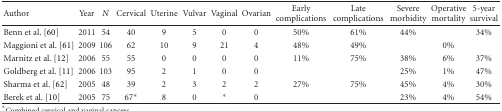
| Author | Year | N | Cervical | Uterine | Vulvar | Vaginal | Ovarian | Early complications | Late complications | Severe morbidity | Operative mortality | 5-year survival |
 | --- | --- | --- | --- | --- | --- | --- | --- | --- | --- | --- | --- | --- |
 | Benn et al. [60] | 2011 | 54 | 40 | 9 | 5 | 0 | 0 | 50% | 61% | 44% |  | 34% |
 | Maggioni et al. [61] | 2009 | 106 | 62 | 10 | 9 | 21 | 4 | 48% | 49% |  | 0% |  |
 | Marnitz et al. [12] | 2006 | 55 | 55 | 0 | 0 | 0 | 0 | 11% | 75% | 38% | 6% | 37% |
 | Goldberg et al. [11] | 2006 | 103 | 95 | 2 | 1 | 0 | 0 |  |  | 25% | 1% | 47% |
 | Sharma et al. [62] | 2005 | 48 | 39 | 2 | 3 | 2 | 2 | 27% | 75% | 45% | 4% | 30% |
 | Berek et al. [10] | 2005 | 75 | 67* | 8 | 0 | * | 0 |  |  | 23% | 4% | 54% |